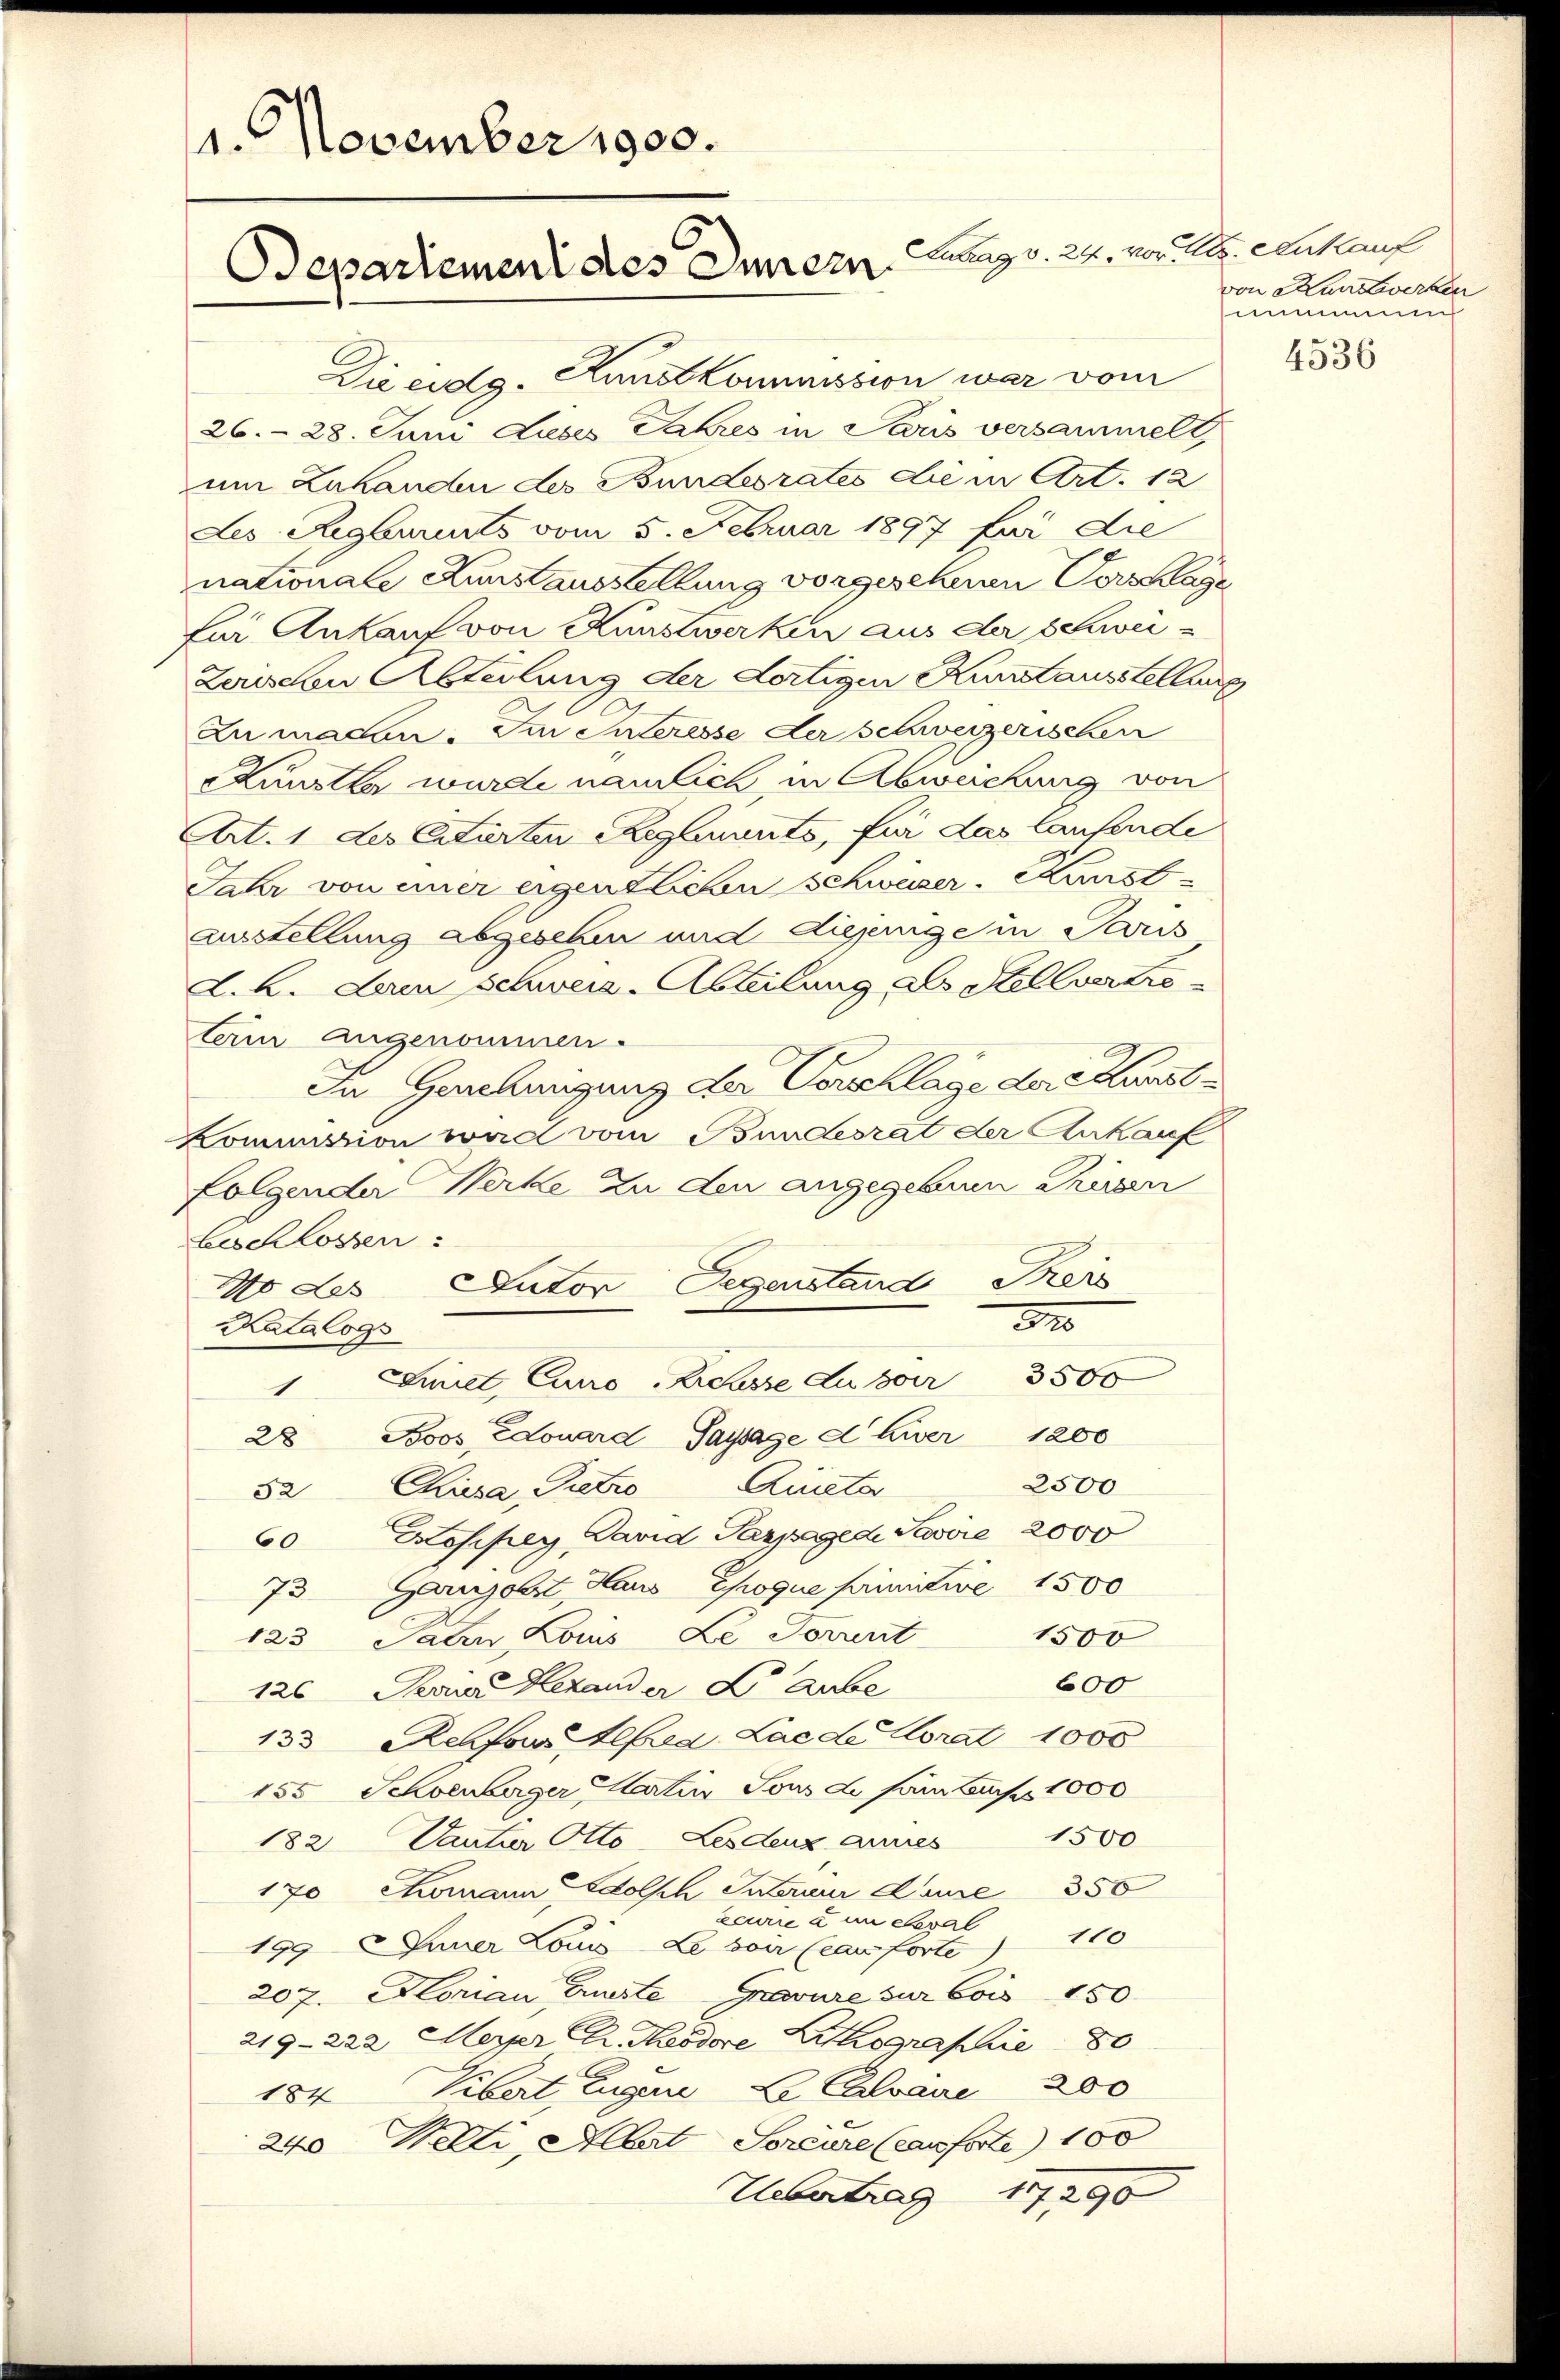
1. November 1900.
Departement des Innern. Lang v. 24. vor. Reg. Ankauf

Die eidg. Kunstkommission war vom
26.- 28. Juni Luses Jahres in Paris versammelt,
um Zuhanden des Bundesrates die in Art. 12
Les Rigburits vom 5. Februar 1897 für die
nationale Kunstausstellung vorgesehenen Vorschlage
für Ankauf von Kunstwerken aus der Bewei¬
Zerischen Abteilung der dortigen Kunstausstellung
Zumachen: Im Interesse der schweizerischen
Kunstle wurde nämlich in Abweichung von
Art. 1 des Citirten Reglements, für das laufende
Jahr von einer eigentlichen Schwäser. Kausl
Ausstellung abgesehen und diejenige in Paris
d. h. Lam schweiz-Abteilung als Stellvertreterin angenommen.
In Genehmigung der Vorschlage dere Kunst¬
Kommission will vom Bundesrat der Ankauf
Folgender Werke zu den angegebene Präsen
Beschlossen:
No des Dator Gegenstand Preis
37
Katalogs
Sicet Euro Brasse zu
28 Jooos Edouard Saysage d Liver 1200
2500
52 Chusa, Pietro Quisto
Hospey, Pavid Parpage de Savire 2000
60
Garnjohrt Haus Epoque primitive 1500
73
1500
123 Paten Louis Le Forrent
600
126. Ferner Bezauder Dr Arbe
133 Rehfour Alfred Lac de Horat 1000
155 Schoenberger Martin Sous de samtauch 1000
1500
182. Dantier Otto-Lesdenz arres
170 Komann dolsch Suterner Kur 350
ecurie u im Seval
199 Inner Louis-Le bair (cau forte             100
207. Horian Guste
pavure sur bis 150
219-222 Meyer Dr. Meddore Lithographie 80
184 Tibert, Eugene Le Calvaie 200
240 Welti, Mart Soreure (canforte) 100
Uebertrag 17290

von Handwerken
numme
4536